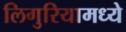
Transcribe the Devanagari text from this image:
लिगुरियामध्ये